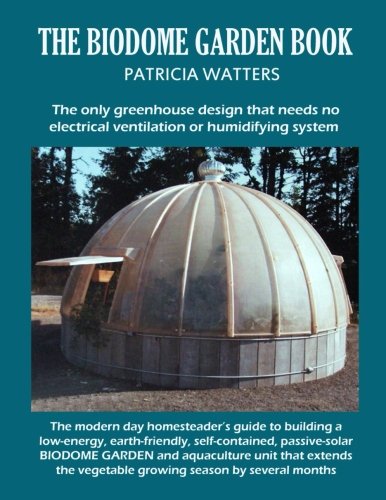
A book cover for The Biodome Garden Book: The only greenhouse design that needs no electrical ventilation or humidifying system.; Patricia Watters; Crafts, Hobbies & Home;